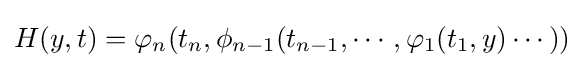
H(y,t)=\varphi _{n}(t_{n},\phi _{n-1}(t_{n-1},\cdots ,\varphi _{1}(t_{1},y)\cdots ))